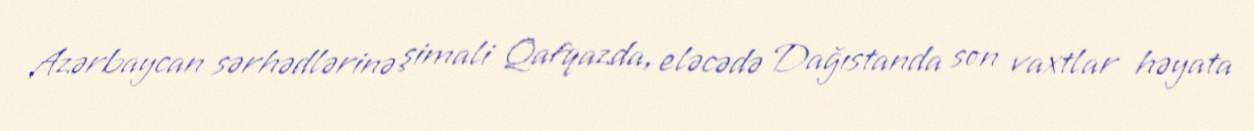
Azərbaycan sərhədlərinə şimali Qafqazda, eləcədə Dağıstanda son vaxtlar həyata